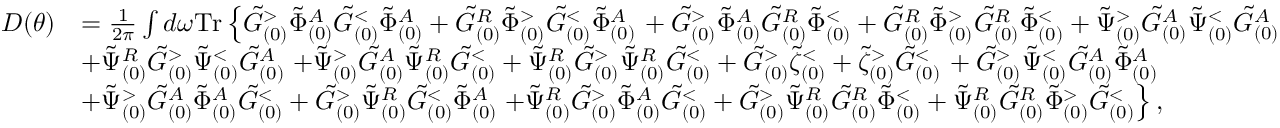
\begin{array} { r l } { D ( \theta ) } & { = \frac { 1 } { 2 \pi } \int d \omega \mathrm { T r } \left\{ \tilde { G } _ { ( 0 ) } ^ { > } \tilde { \Phi } _ { ( 0 ) } ^ { A } \tilde { G } _ { ( 0 ) } ^ { < } \tilde { \Phi } _ { ( 0 ) } ^ { A } + \tilde { G } _ { ( 0 ) } ^ { R } \tilde { \Phi } _ { ( 0 ) } ^ { > } \tilde { G } _ { ( 0 ) } ^ { < } \tilde { \Phi } _ { ( 0 ) } ^ { A } \right. + \tilde { G } _ { ( 0 ) } ^ { > } \tilde { \Phi } _ { ( 0 ) } ^ { A } \tilde { G } _ { ( 0 ) } ^ { R } \tilde { \Phi } _ { ( 0 ) } ^ { < } + \tilde { G } _ { ( 0 ) } ^ { R } \tilde { \Phi } _ { ( 0 ) } ^ { > } \tilde { G } _ { ( 0 ) } ^ { R } \tilde { \Phi } _ { ( 0 ) } ^ { < } + \tilde { \Psi } _ { ( 0 ) } ^ { > } \tilde { G } _ { ( 0 ) } ^ { A } \tilde { \Psi } _ { ( 0 ) } ^ { < } \tilde { G } _ { ( 0 ) } ^ { A } } \\ & { + \tilde { \Psi } _ { ( 0 ) } ^ { R } \tilde { G } _ { ( 0 ) } ^ { > } \tilde { \Psi } _ { ( 0 ) } ^ { < } \tilde { G } _ { ( 0 ) } ^ { A } \left. + \tilde { \Psi } _ { ( 0 ) } ^ { > } \tilde { G } _ { ( 0 ) } ^ { A } \tilde { \Psi } _ { ( 0 ) } ^ { R } \tilde { G } _ { ( 0 ) } ^ { < } + \tilde { \Psi } _ { ( 0 ) } ^ { R } \tilde { G } _ { ( 0 ) } ^ { > } \tilde { \Psi } _ { ( 0 ) } ^ { R } \tilde { G } _ { ( 0 ) } ^ { < } + \tilde { G } _ { ( 0 ) } ^ { > } \tilde { \zeta } _ { ( 0 ) } ^ { < } + \tilde { \zeta } _ { ( 0 ) } ^ { > } \tilde { G } _ { ( 0 ) } ^ { < } \right. + \tilde { G } _ { ( 0 ) } ^ { > } \tilde { \Psi } _ { ( 0 ) } ^ { < } \tilde { G } _ { ( 0 ) } ^ { A } \tilde { \Phi } _ { ( 0 ) } ^ { A } } \\ & { + \tilde { \Psi } _ { ( 0 ) } ^ { > } \tilde { G } _ { ( 0 ) } ^ { A } \tilde { \Phi } _ { ( 0 ) } ^ { A } \tilde { G } _ { ( 0 ) } ^ { < } + \tilde { G } _ { ( 0 ) } ^ { > } \tilde { \Psi } _ { ( 0 ) } ^ { R } \tilde { G } _ { ( 0 ) } ^ { < } \tilde { \Phi } _ { ( 0 ) } ^ { A } \left. + \tilde { \Psi } _ { ( 0 ) } ^ { R } \tilde { G } _ { ( 0 ) } ^ { > } \tilde { \Phi } _ { ( 0 ) } ^ { A } \tilde { G } _ { ( 0 ) } ^ { < } + \tilde { G } _ { ( 0 ) } ^ { > } \tilde { \Psi } _ { ( 0 ) } ^ { R } \tilde { G } _ { ( 0 ) } ^ { R } \tilde { \Phi } _ { ( 0 ) } ^ { < } + \tilde { \Psi } _ { ( 0 ) } ^ { R } \tilde { G } _ { ( 0 ) } ^ { R } \tilde { \Phi } _ { ( 0 ) } ^ { > } \tilde { G } _ { ( 0 ) } ^ { < } \right\} , } \end{array}